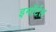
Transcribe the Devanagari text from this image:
इमॉर्टल